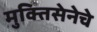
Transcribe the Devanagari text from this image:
मुक्तिसेनेचे